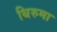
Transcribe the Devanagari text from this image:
थिरुमा